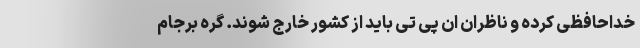
خداحافظی کرده و ناظران ان پی تی باید از کشور خارج شوند. گره برجام